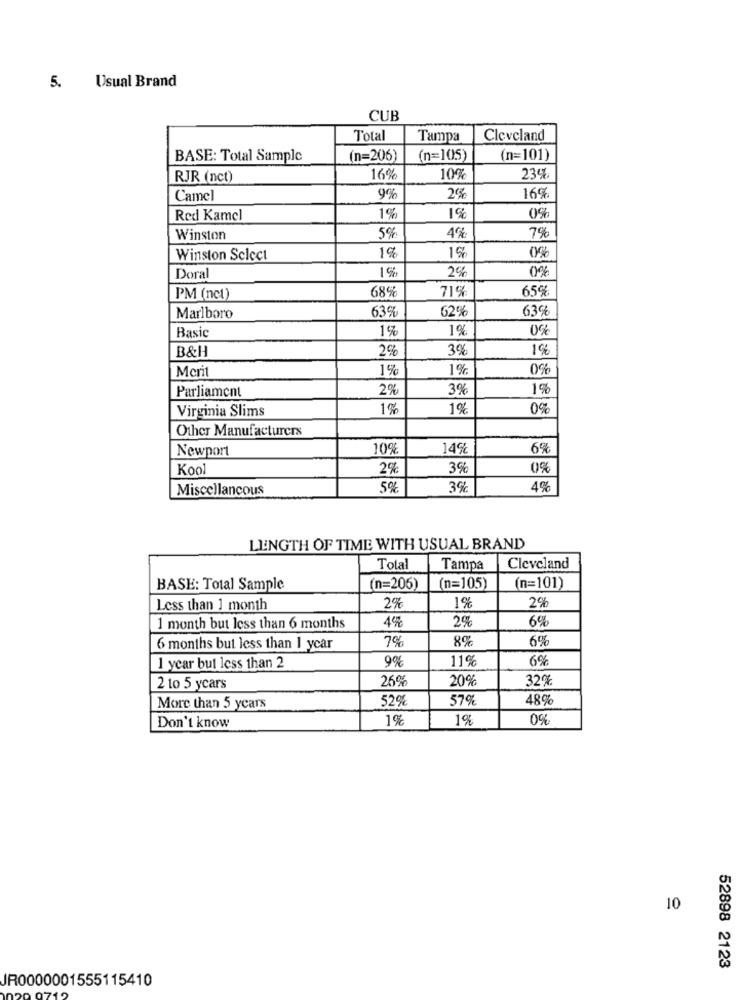
5.
Usual Brand
CUB
Total
Tampa
Cleveland
BASE: Total Sample
(n=206)
(n=105)
(n=101)
RJR (nct)
16%
10%
23%
Camel
2%
16%
0%
Red Kamel
1%
1%
4%
7%
Winston
5%
0%
Winston Select
1%
1%
1%
25
0%
Doral
68%
71%
65%
PM (nct)
63%
62%
63%
Marlboro
Basic
1%
1%
2%
3%
1%
B&H
Merit
1%
1%
0%
Parliament
2%
39
1%
Virginia Slims
1%
1%
0%
Other Manufacturers
Newport
10%
14%
6%
Kool
2%
3%
0%
Miscellaneous
5%
3%
4%
LENGTH OF TIME WITH USUAL BRAND
Total
Tampa
Cleveland
BASE: Total Sample
(n=206)
(n=105)
(n=101)
2%
29
Less than 1 month
1%
4%
2%
6%
1 month but less than 6 months
7%
8%
6%
6 months but less than 1 year
9%
11%
6%
1 year but less than 2
26%
20%
32%
2 to 5 years
52%
57%
489
More than 5 years
1%
1%
0%
Don't know
10
52898 2123
JR0000001555115410